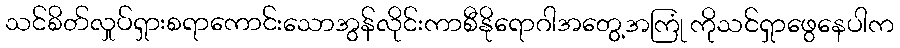
သင်စိတ်လှုပ်ရှားစရာကောင်းသောအွန်လိုင်းကာစီနိုရောဂါအတွေ့အကြုံ ကိုသင်ရှာဖွေနေပါက